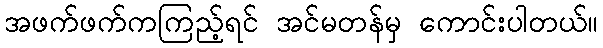
အဖက်ဖက်ကကြည့်ရင် အင်မတန်မှ ကောင်းပါတယ်။